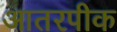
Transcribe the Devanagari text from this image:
आतरपीक